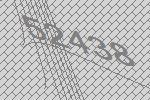
52438